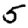
Digit: 5